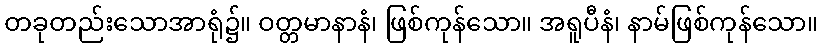
တခုတည်းသောအာရုံ၌။ ဝတ္တမာနာနံ၊ ဖြစ်ကုန်သော။ အရူပီနံ၊ နာမ်ဖြစ်ကုန်သော။